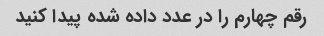
رقم چهارم را در عدد داده شده پیدا کنید